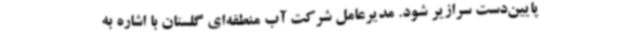
پایین‌دست سرازیر شود. مدیرعامل شرکت آب منطقه‌ای گلستان با اشاره به